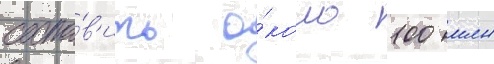
соста́в'ить о́коло 100 млн